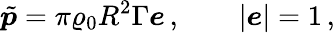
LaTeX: \tilde{\boldsymbol{p}}=\pi\varrho_{0}{R}^{2}\Gamma{\boldsymbol{e}}\, ,\qquad|{\boldsymbol{e}}|=1\, ,